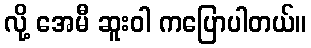
လို့ အေမီ ဆူးဝါ ကပြောပါတယ်။